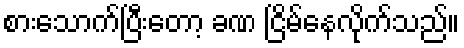
စားသောက်ပြီးတော့ ခဏ ငြိမ်နေလိုက်သည်။